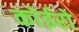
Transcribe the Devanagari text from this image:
कोईरो